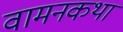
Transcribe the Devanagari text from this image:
वामनकथा